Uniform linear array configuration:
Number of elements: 24
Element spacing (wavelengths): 0.5
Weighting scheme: blackman
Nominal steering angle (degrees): -60
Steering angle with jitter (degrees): -59.009
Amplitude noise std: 0.05
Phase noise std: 0.05

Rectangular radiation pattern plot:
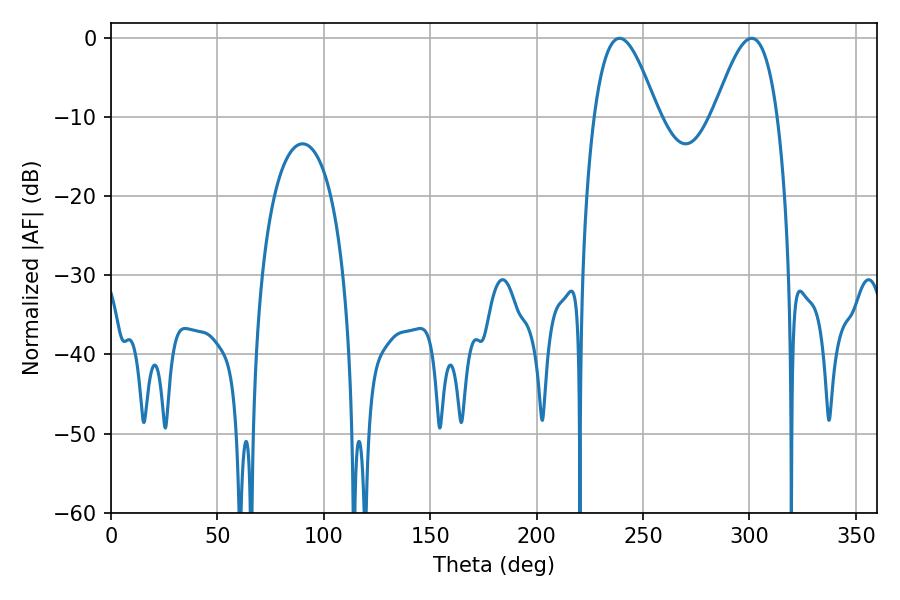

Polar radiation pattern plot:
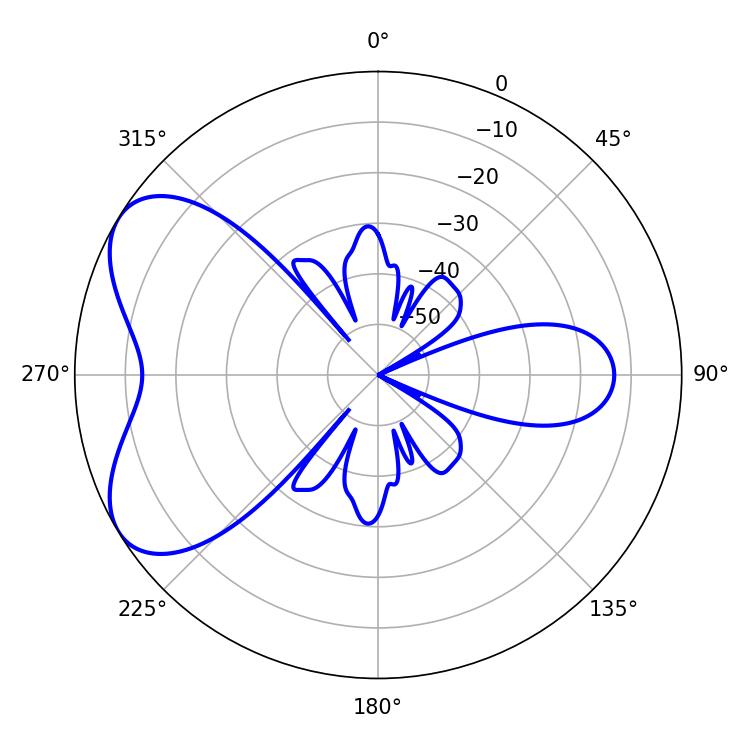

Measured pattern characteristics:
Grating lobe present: FALSE
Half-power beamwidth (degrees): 16.2
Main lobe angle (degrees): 239.04